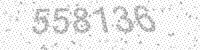
Solution: 558136